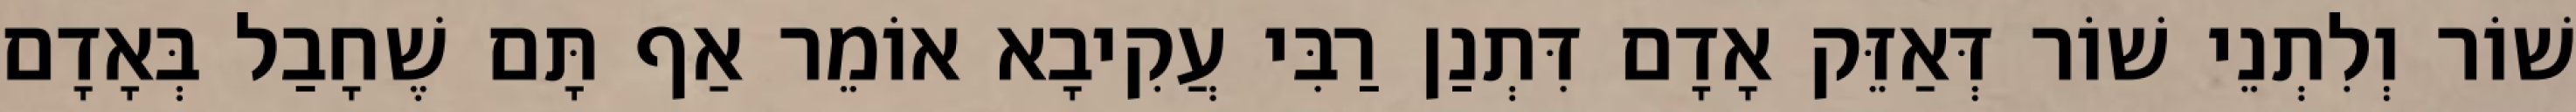
שׁוֹר וְלִתְנֵי שׁוֹר דְּאַזֵּק אָדָם דִּתְנַן רַבִּי עֲקִיבָא אוֹמֵר אַף תָּם שֶׁחָבַל בְּאָדָם